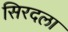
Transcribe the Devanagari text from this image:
सिरदला